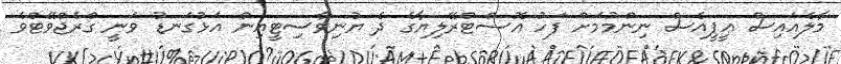
މާލެއައިސް ޢީޕީއެސް ނިންމުމަށް ފަހު އޮސްޓްރޭލިޔާގެ ދެ ޔުނިވާސިޓީއިން އަޅުގަނޑު ވަނީ ގްރެޖްވޭޓްވެ